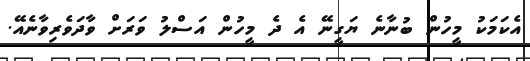
އެކަމަކު މީހުން ބުނާނެ ޔަގީނޭ އެ ދެ މީހުން އަސްލު ވަރަށް ވާދަވެރިވާނެއޭ.